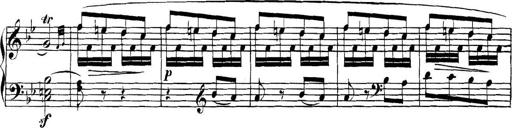
Title: Collected Piano Sonatas
Composer: Muzio Clementi